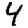
Digit: 4